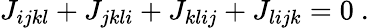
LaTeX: J_{ijkl}+J_{jkli}+J_{klij}+J_{lijk}=0~.